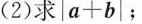
(2)求|a+b|；